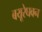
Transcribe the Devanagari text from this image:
बयूरेघवन